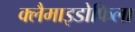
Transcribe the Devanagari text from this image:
क्लैमाइडोफिला